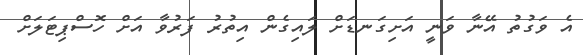
އެ ވަގުތު އޭނާ ވަނީ އަށިގަނޑަށް ލައިގެން އިތުރު ފަރުވާ އަށް ހޮސްޕިޓަލަށް